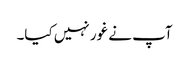
آپ نے غور نہیں کیا۔